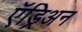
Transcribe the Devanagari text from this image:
ऍड्रिअन